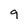
Character: 9